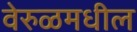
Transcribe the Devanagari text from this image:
वेरुळमधील